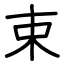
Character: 束